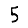
Digit: 5